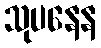
သုပနေန